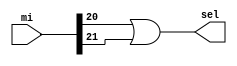
// Copyright (C) 2020  Intel Corporation. All rights reserved.
// Your use of Intel Corporation's design tools, logic functions 
// and other software and tools, and any partner logic 
// functions, and any output files from any of the foregoing 
// (including device programming or simulation files), and any 
// associated documentation or information are expressly subject 
// to the terms and conditions of the Intel Program License 
// Subscription Agreement, the Intel Quartus Prime License Agreement,
// the Intel FPGA IP License Agreement, or other applicable license
// agreement, including, without limitation, that your use is for
// the sole purpose of programming logic devices manufactured by
// Intel and sold by Intel or its authorized distributors.  Please
// refer to the applicable agreement for further details, at
// https://fpgasoftware.intel.com/eula.

// PROGRAM		"Quartus Prime"
// VERSION		"Version 20.1.1 Build 720 11/11/2020 SJ Lite Edition"
// CREATED		"Sun Jun 13 23:14:35 2021"

module uc_selector(
	mi,
	sel
);


input wire	[29:0] mi;
output wire	sel;





assign	sel = mi[20] | mi[21];


endmodule